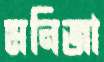
মনিজা